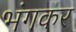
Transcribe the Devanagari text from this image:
भंगकर